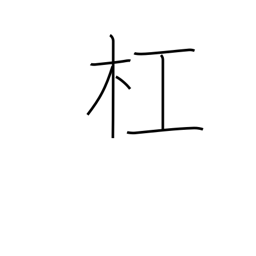
Meaning: carry on the shoulder